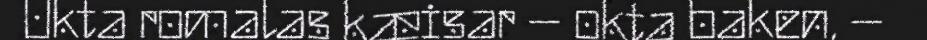
Okta romalas kæisar – okta baken, –